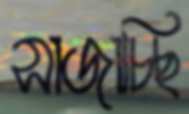
সাজাচ্ছি